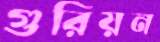
গুরিয়ন